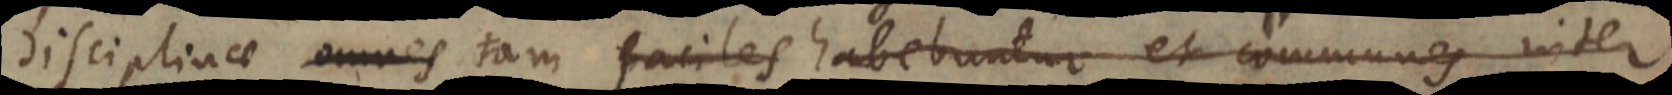
disciplinae omnes tam faciles habebuntur et communes inter